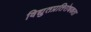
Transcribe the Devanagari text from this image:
विद्युतप्रतिरोधकता